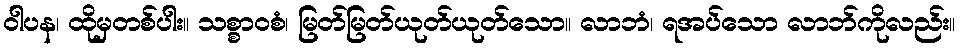
ဝါပန၊ ထိုမှတစ်ပါး။ သစ္စာဝစံ၊ မြတ်မြတ်ယုတ်ယုတ်သော။ လာဘံ၊ ရအပ်သော လာဘ်ကိုလည်း။